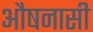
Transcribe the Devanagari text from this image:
औषनासी